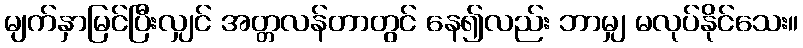
မျက်နှာမြင်ပြီးလျှင် အတ္တလန်တာတွင် နေ၍လည်း ဘာမျှ မလုပ်နိုင်သေး။